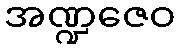
အဏ္ဍဇေဝ